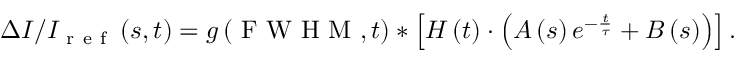
\Delta I / I _ { \mathrm { ~ r ~ e ~ f ~ } } \left( s , t \right) = g \left( \mathrm { ~ F ~ W ~ H ~ M ~ } , t \right) \ast \left[ H \left( t \right) \cdot \left( A \left( s \right) e ^ { - \frac { t } { \tau } } + B \left( s \right) \right) \right] .